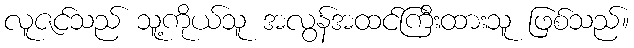
လူဇင်သည် သူ့ကိုယ်သူ အလွန်အထင်ကြီးထားသူ ဖြစ်သည်။